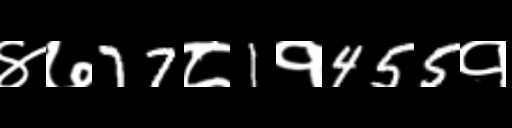
Text: ४७77८1१455१